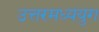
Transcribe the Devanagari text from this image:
उत्तरमध्ययुग